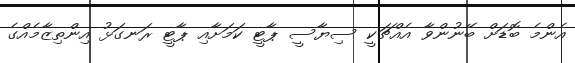
އެންމެ ބޮޑަށް ބޭނުންވާ އެއްޗަކީ ސިޔާސީ ޕާޓީ ކަމަށާއި ޕާޓީ ރަނގަޅު އިންތިޒާމެއްގެ